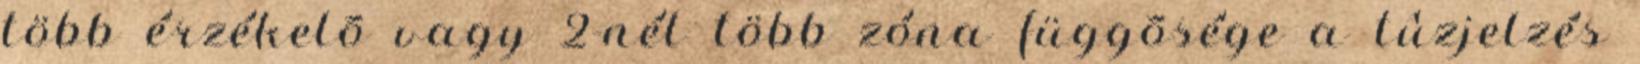
több érzékelõ vagy 2-nél több zóna függõsége a tûzjelzés